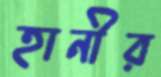
হানীর